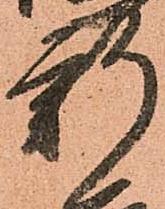
新